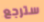
سترجع